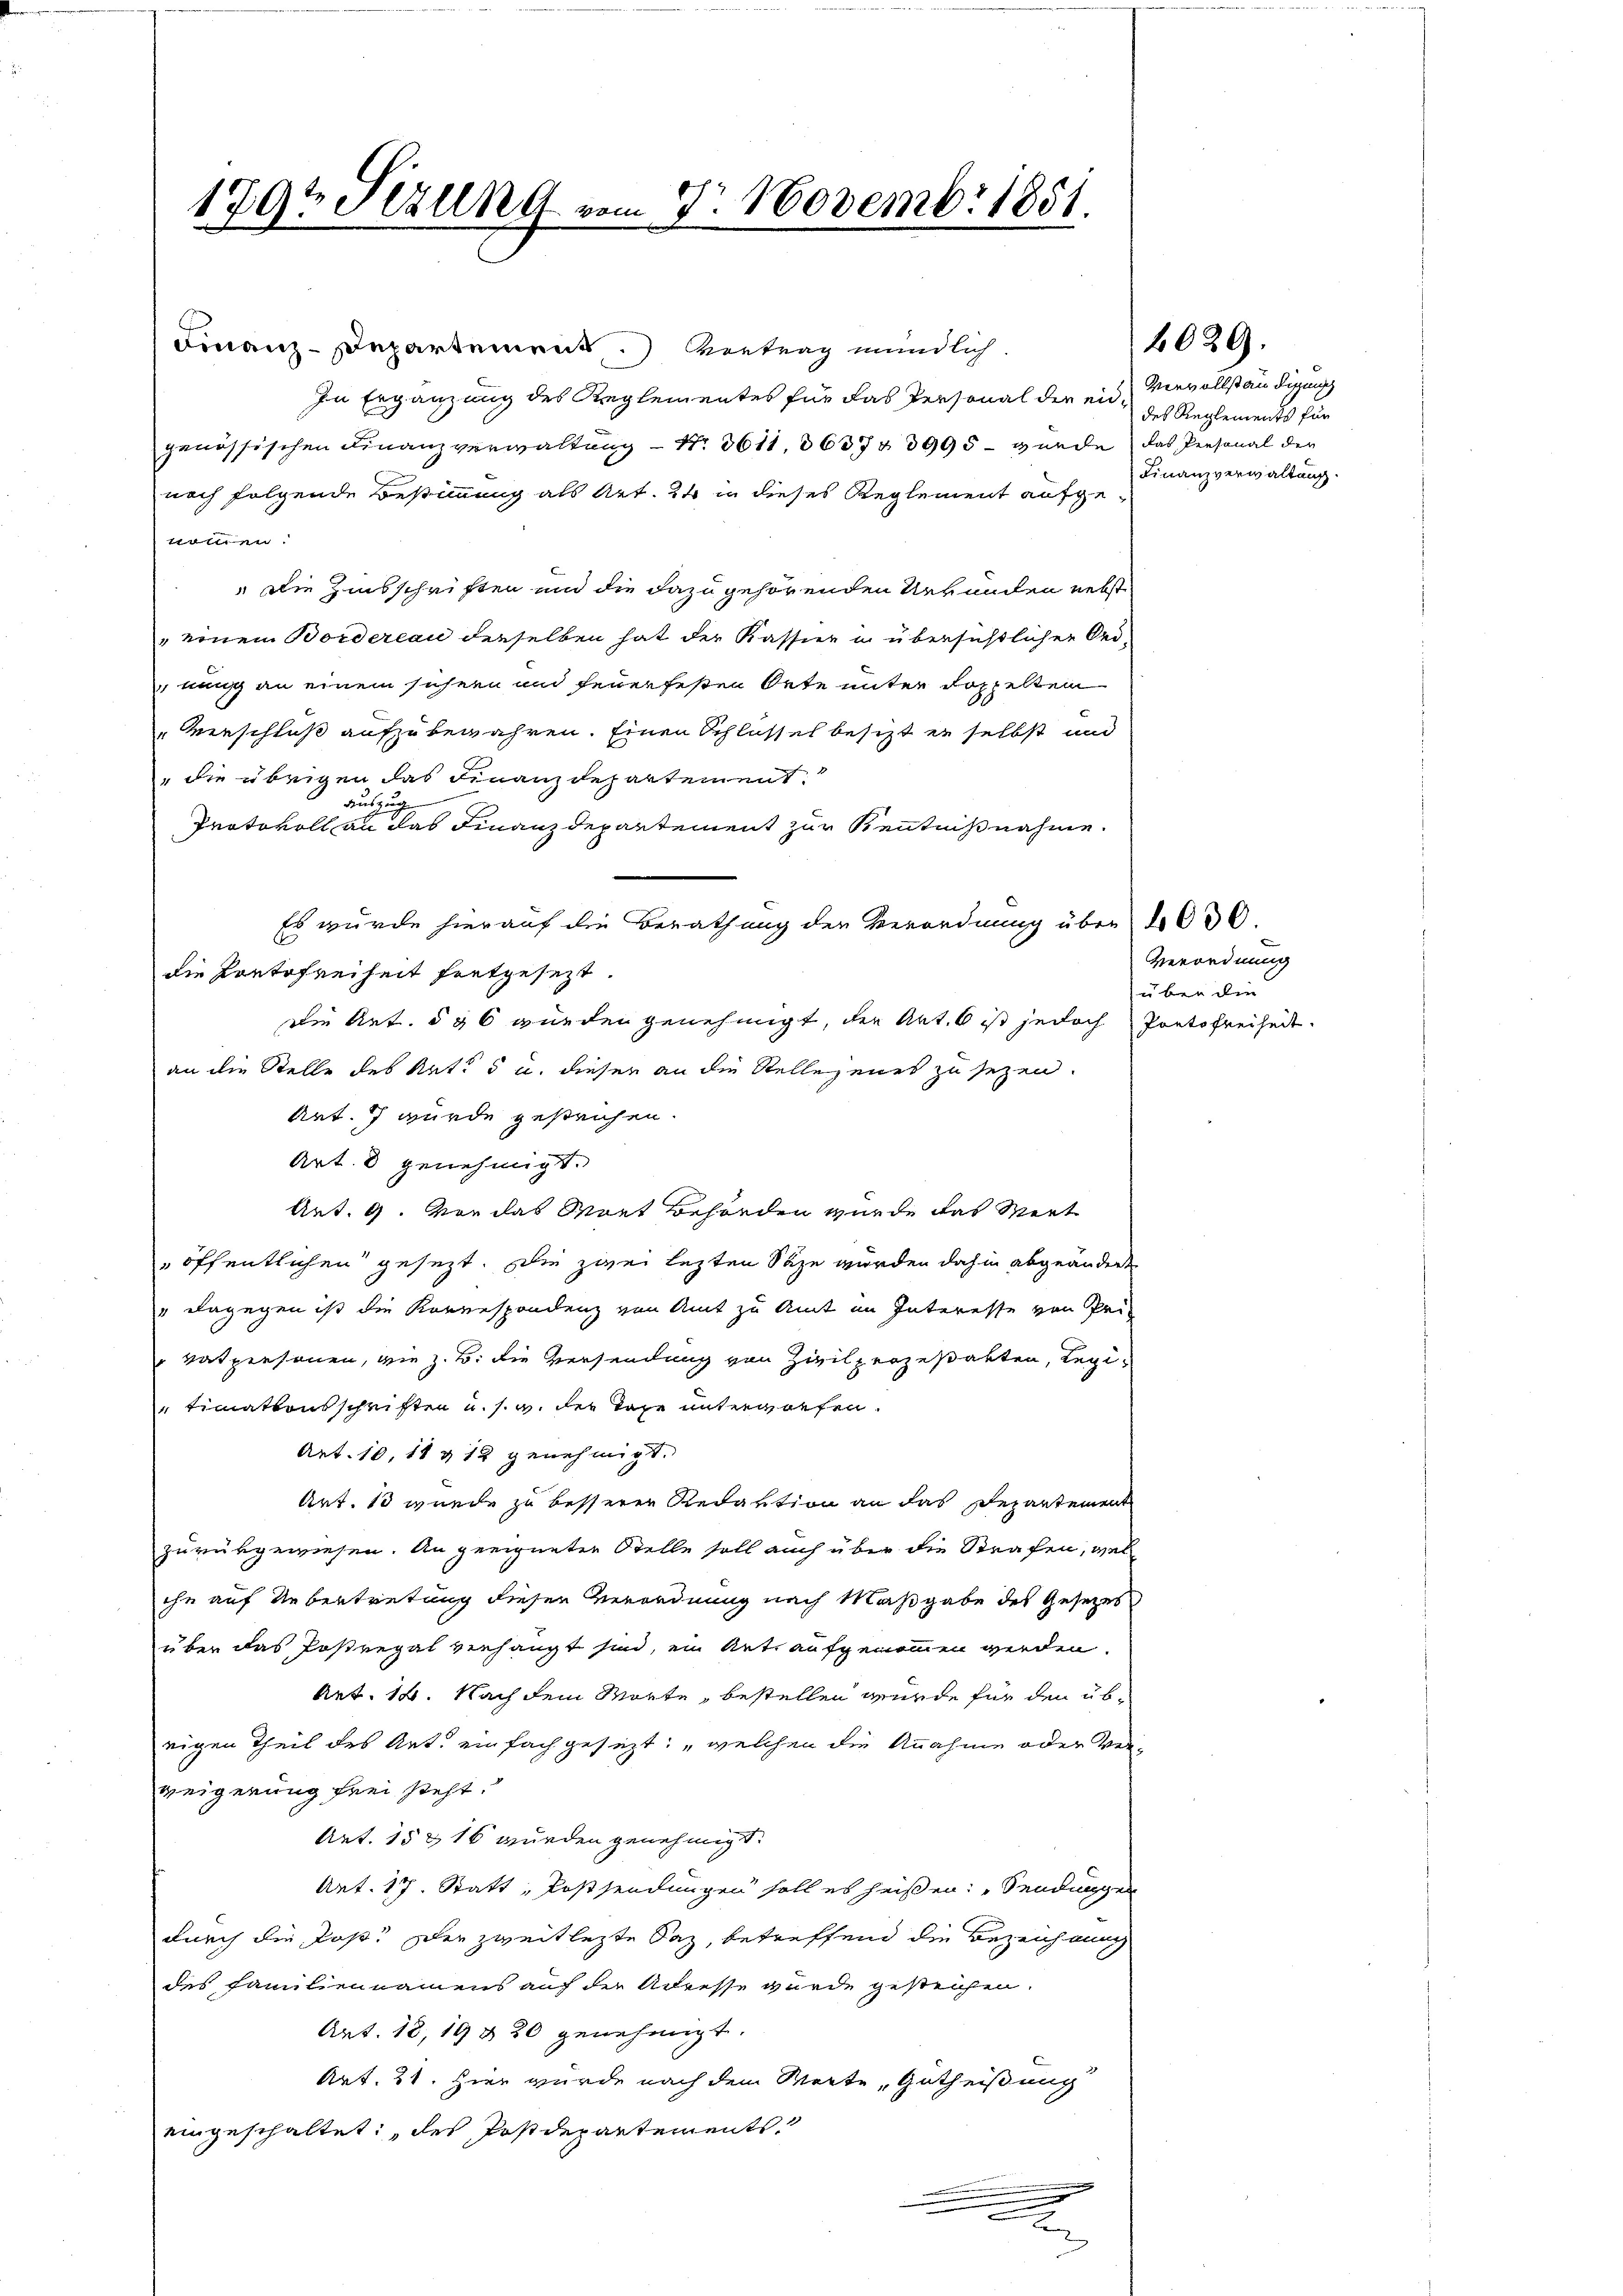
1797 Fezung vom 8. Novembr 1851.

Finanz-Departement.) Vertrag mündlich.
In Ergänzung des Reglementes für das Personal der eidgenössischen Finanzverwaltung – N. 3611, 363743995 – wurde das Personal der
noch folgende Bestimmung als Art. 21 in dieses Reglement aufgenommen.
 Die Zinsschriften und die dazu gehörenden Urkunden nebst
einem Bordereau dieselben hat der Kassier u übersichtlichen Ord-
nung an einem sichern und feuerfesten Orte unter doppelten
Verschluß aufzubewahren. Einen Schlossel besitzt er selbst und
" die übrigen das Finanzdepartement.
Auszuge
Protokoll an das Finanzdepartement zur Kenntnißnahme.
Es wurde hierauf die Berathung der Verordnung über 1630.
die Portofreiheit fortgesezt.
Die Art. 536 wurden genehmigt, den Art. 6 ist jedoch Portofreiheit.
an die Stelle des Rat. 5 u. dieser an die Stellejeues zu sezen.
Art. 7 wurde gestrichen.
Art. 8 genehmigt.
Art. 9. Von das Wort Behörden wurde das Wert
" öffentlichen gesezt. Die zwei lezten Säze wurden dahin abgeändert
" dagegen ist die Korrespondenz von Amt zu Amt im Interesse von Privatpersonen, wie z. B. die Versendung von Zivilperzustatten, Regi¬
"timationsschriften u. s. v. der Tage unterworfen.
Art. 10, 11 & 12 genehmigt.
Art. 13 wurde zu besserer Redaktion an das Departement
zurükgewiesen. An geeigneten Stelle soll auch über die Strafen, wel
ihn auf Uebertretung diesen Verordnung nach Maßgabe des Gesetzes
über das Postregal verhängt sind, ein Ant. aufgenommen werden.
Art. 14. Nach dem Marte, bestellen würde für den übrigen Theil des Art. einfach gesezt: „welchen die Annahme oder Verweigerung frei steht.
Art. 15 & 16 wurden genehmigt.
Art. 17. Statt, Postsendungen soll es heißen: Sendungen
durch die Post. Der zweitlezte Saz, betreffend die Bezeichnung
des Familiennamens auf der Adresse wurde gestehen.
Art. 18, 19 § 20 genehmigt.
Art. 21. Hier wurde nach dem Worte, Gutheißung
eingeschaltet: des Postdepartements
.
.

2020.

Vervollständigung
des Reglements für
Finanzverwaltung.

Verordnung
uber die